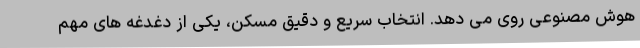
هوش مصنوعی روی می دهد. انتخاب سریع و دقیق مسکن، یکی از دغدغه های مهم